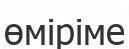
өміріме